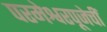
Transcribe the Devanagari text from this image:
परमेश्वरपूजेचीं